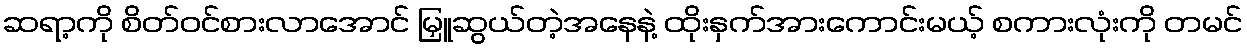
ဆရာ့ကို စိတ်ဝင်စားလာအောင် မြှူဆွယ်တဲ့အနေနဲ့ ထိုးနှက်အားကောင်းမယ့် စကားလုံးကို တမင်